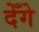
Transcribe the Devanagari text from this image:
देँगे